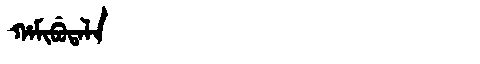
Manchu: ᡥᠠᠮᡳᠪᡠᡨᠠᠯᠠ
Romanization: HAMIBUTALA